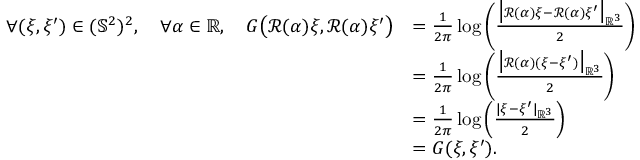
\begin{array} { r l } { \forall ( \xi , \xi ^ { \prime } ) \in ( \mathbb { S } ^ { 2 } ) ^ { 2 } , \quad \forall \alpha \in \mathbb { R } , \quad G \big ( \mathcal { R } ( \alpha ) \xi , \mathcal { R } ( \alpha ) \xi ^ { \prime } \big ) } & { = \frac { 1 } { 2 \pi } \log \left( \frac { \big | \mathcal { R } ( \alpha ) \xi - \mathcal { R } ( \alpha ) \xi ^ { \prime } \big | _ { \mathbb { R } ^ { 3 } } } { 2 } \right) } \\ & { = \frac { 1 } { 2 \pi } \log \left( \frac { \big | \mathcal { R } ( \alpha ) ( \xi - \xi ^ { \prime } ) \big | _ { \mathbb { R } ^ { 3 } } } { 2 } \right) } \\ & { = \frac { 1 } { 2 \pi } \log \left( \frac { | \xi - \xi ^ { \prime } | _ { \mathbb { R } ^ { 3 } } } { 2 } \right) } \\ & { = G ( \xi , \xi ^ { \prime } ) . } \end{array}